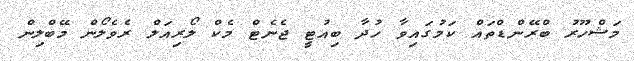
މަޝްހޫރު ބްރޭންޑްތައް ކަމުގައިވާ ހުދާ ބިއުޓީ ޖެނެޓް މެކް ލޯރިއަލް ރެވެލޯން މޭބްލިން